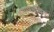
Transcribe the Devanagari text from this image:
चयापचयिक